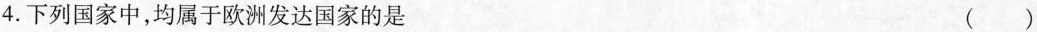
4.下列国家中，均属于欧洲发达国家的是 ()